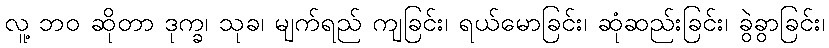
လူ့ ဘဝ ဆိုတာ ဒုက္ခ၊ သုခ၊ မျက်ရည် ကျခြင်း၊ ရယ်မောခြင်း၊ ဆုံဆည်းခြင်း၊ ခွဲခွာခြင်း၊